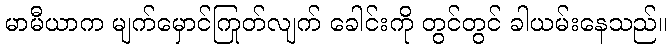
မာမီယာက မျက်မှောင်ကြုတ်လျက် ခေါင်းကို တွင်တွင် ခါယမ်းနေသည်။